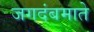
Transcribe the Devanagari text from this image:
जगदंबमाते